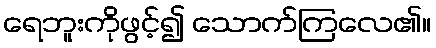
ရေဘူးကိုဖွင့်၍ သောက်ကြလေ၏။